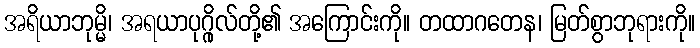
အရိယာဘုမ္မိ၊ အရယာပုဂ္ဂိုလ်တို့၏ အကြောင်းကို။ တထာဂတေန၊ မြတ်စွာဘုရားကို။